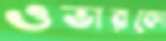
ওভারকো